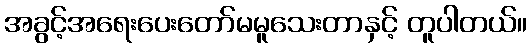
အခွင့်အရေးပေးတော်မမူသေးတာနှင့် တူပါတယ်။